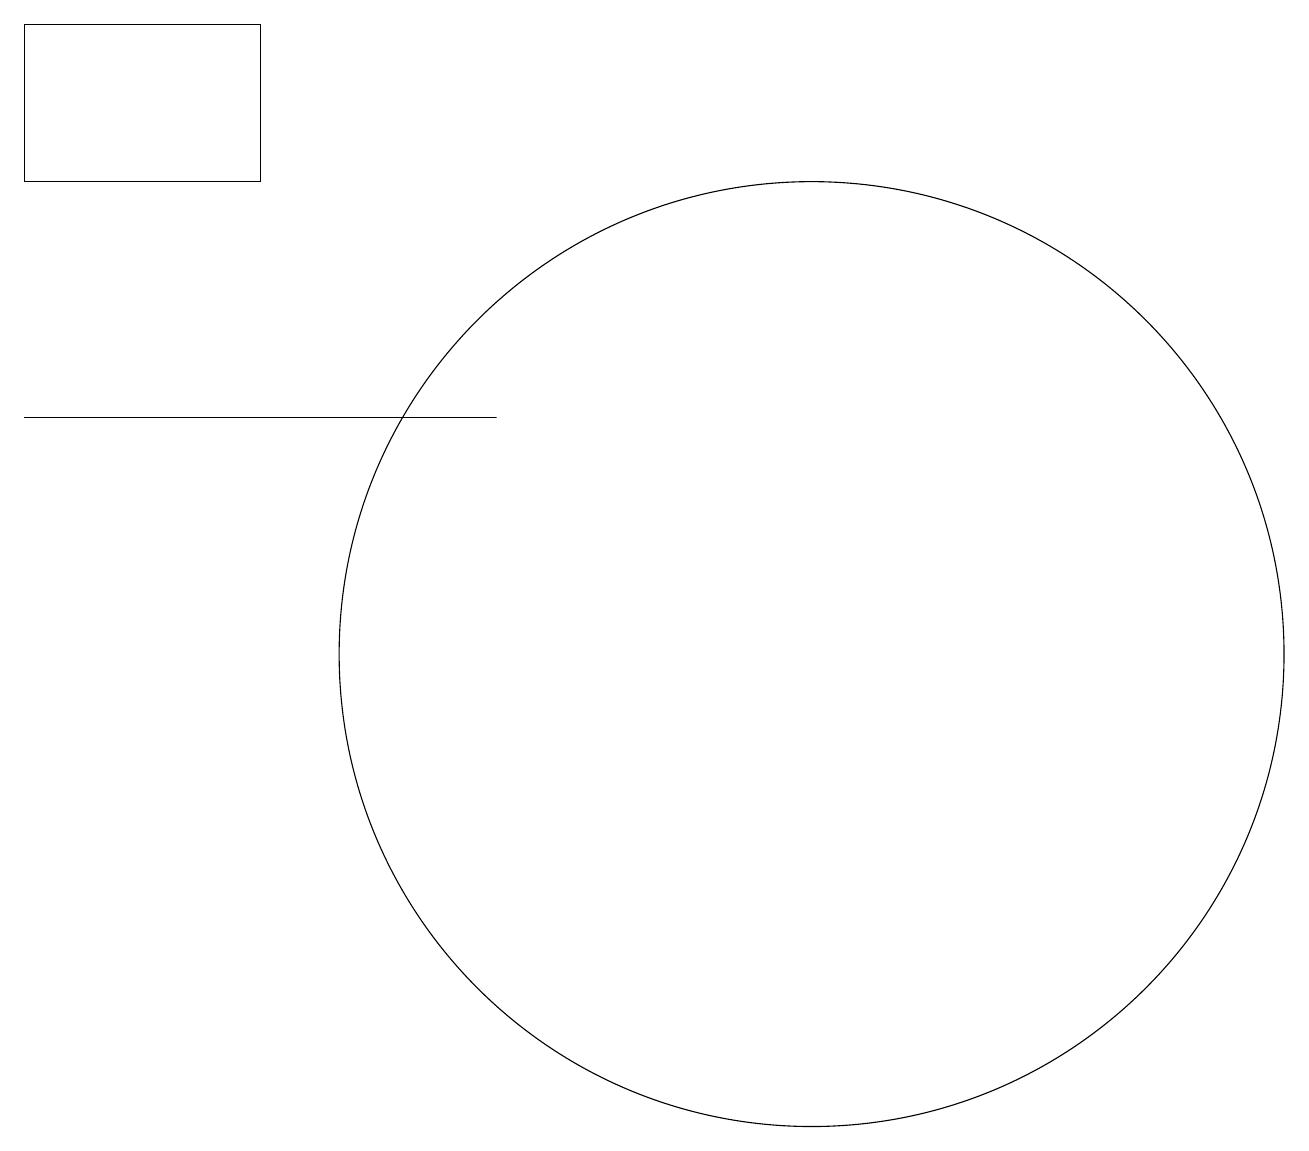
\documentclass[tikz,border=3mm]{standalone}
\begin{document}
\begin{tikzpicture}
\draw (1,13) rectangle (7,13);
\draw (4,18) rectangle (1,16);
\draw (11,10) circle (6);
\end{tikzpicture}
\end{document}